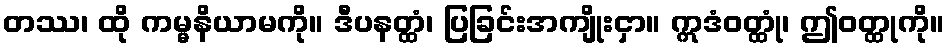
တဿ၊ ထို ကမ္မနိယာမကို။ ဒီပနတ္ထံ၊ ပြခြင်းအကျိုးငှာ။ ဣဒံဝတ္ထုံ၊ ဤဝတ္ထုကို။